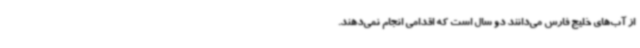
از آب‌های خلیج فارس می‌دانند دو سال است که اقدامی انجام نمی‌دهند.